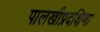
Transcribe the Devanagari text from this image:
पालखीप्रदक्षिणा